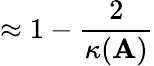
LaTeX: \approx 1-{\frac{2}{\kappa(\mathbf{A})}}